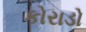
કોરાડો